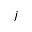
j